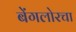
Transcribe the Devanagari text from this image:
बेंगलोरचा